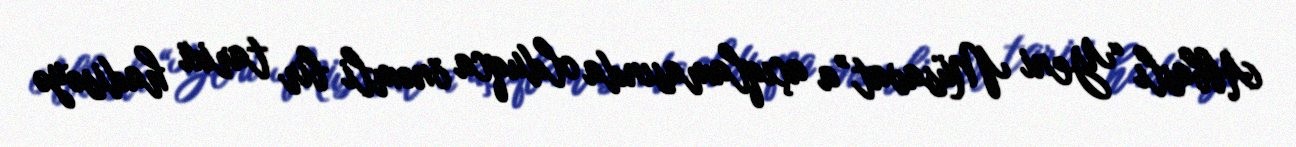
Abbaslı “Yeni Müsavat”a açıqlamasında olduqca önəmli bir tarixi hadisəyə